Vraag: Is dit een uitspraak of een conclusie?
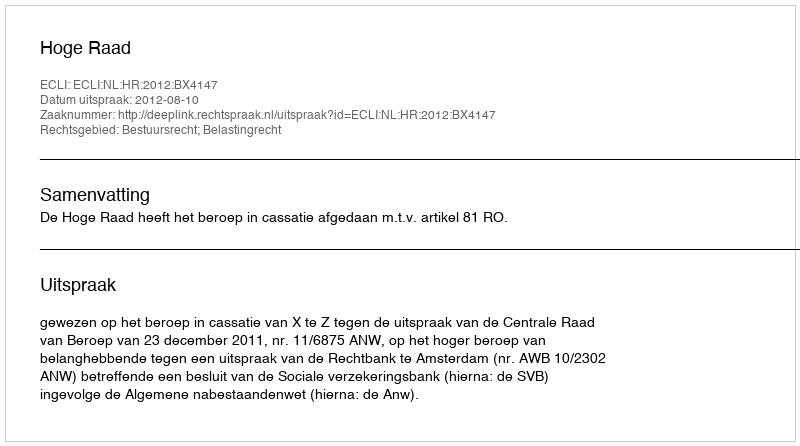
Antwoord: Uitspraak